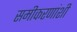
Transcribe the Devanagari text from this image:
समीकरणांशी